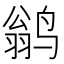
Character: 鹟